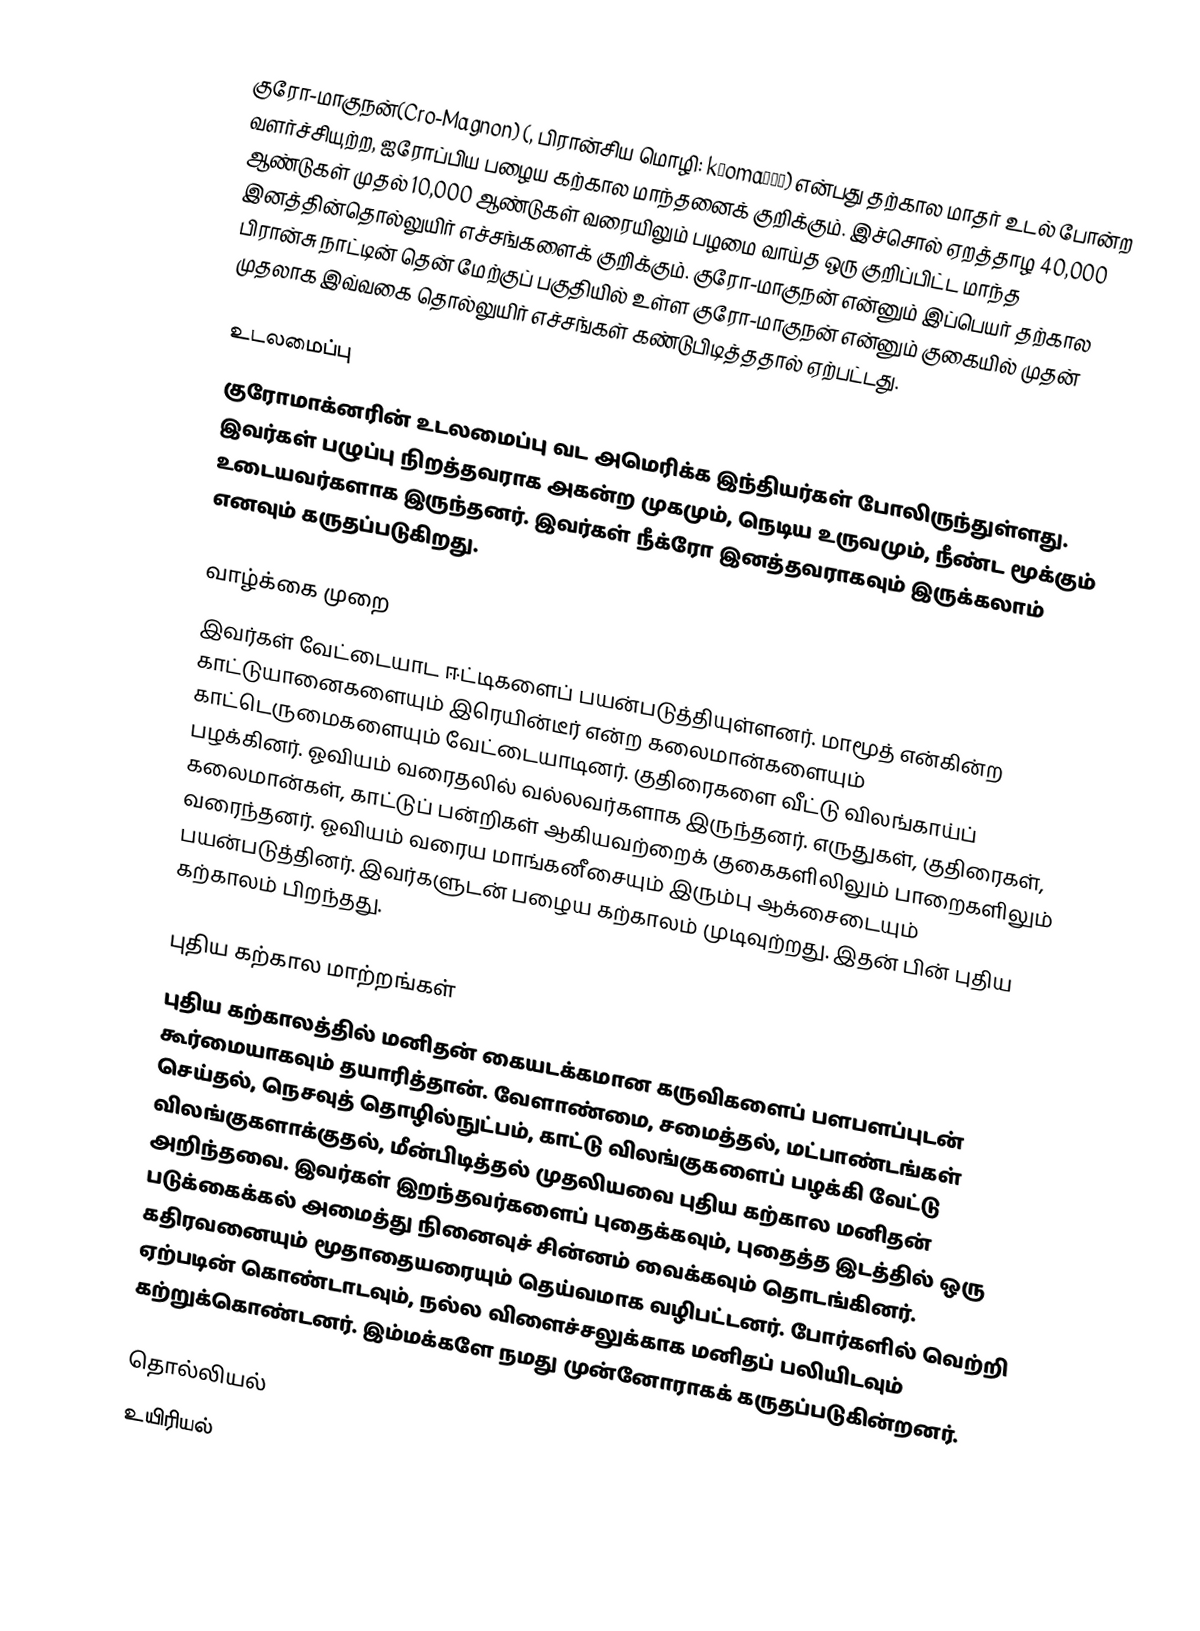
குரோ-மாகுநன்(Cro-Magnon) (, பிரான்சிய மொழி: kʀomaɲɔ̃) என்பது தற்கால மாதர் உடல் போன்ற வளர்ச்சியுற்ற, ஐரோப்பிய பழைய கற்கால மாந்தனைக் குறிக்கும். இச்சொல் ஏறத்தாழ 40,000 ஆண்டுகள் முதல் 10,000 ஆண்டுகள் வரையிலும் பழமை வாய்த ஒரு குறிப்பிட்ட மாந்த இனத்தின்தொல்லுயிர் எச்சங்களைக் குறிக்கும். குரோ-மாகுநன் என்னும் இப்பெயர் தற்கால பிரான்சு நாட்டின் தென் மேற்குப் பகுதியில் உள்ள குரோ-மாகுநன் என்னும் குகையில் முதன் முதலாக இவ்வகை தொல்லுயிர் எச்சங்கள் கண்டுபிடித்ததால் ஏற்பட்டது.

உடலமைப்பு
குரோமாக்னரின் உடலமைப்பு வட அமெரிக்க இந்தியர்கள் போலிருந்துள்ளது. இவர்கள் பழுப்பு நிறத்தவராக அகன்ற முகமும், நெடிய உருவமும், நீண்ட மூக்கும் உடையவர்களாக இருந்தனர். இவர்கள் நீக்ரோ இனத்தவராகவும் இருக்கலாம் எனவும் கருதப்படுகிறது.

வாழ்க்கை முறை
இவர்கள் வேட்டையாட  ஈட்டிகளைப் பயன்படுத்தியுள்ளனர். மாமூத் என்கின்ற காட்டுயானைகளையும் இரெயின்டீர் என்ற கலைமான்களையும் காட்டெருமைகளையும் வேட்டையாடினர்.  குதிரைகளை வீட்டு விலங்காய்ப் பழக்கினர். ஓவியம் வரைதலில் வல்லவர்களாக இருந்தனர். எருதுகள், குதிரைகள், கலைமான்கள், காட்டுப் பன்றிகள் ஆகியவற்றைக் குகைகளிலிலும் பாறைகளிலும் வரைந்தனர். ஓவியம் வரைய மாங்கனீசையும் இரும்பு ஆக்சைடையும் பயன்படுத்தினர். இவர்களுடன் பழைய கற்காலம் முடிவுற்றது. இதன் பின் புதிய கற்காலம் பிறந்தது.

புதிய கற்கால மாற்றங்கள்
புதிய கற்காலத்தில் மனிதன் கையடக்கமான கருவிகளைப் பளபளப்புடன் கூர்மையாகவும் தயாரித்தான். வேளாண்மை, சமைத்தல், மட்பாண்டங்கள் செய்தல், நெசவுத் தொழில்நுட்பம், காட்டு விலங்குகளைப் பழக்கி வேட்டு விலங்குகளாக்குதல், மீன்பிடித்தல் முதலியவை புதிய கற்கால மனிதன் அறிந்தவை. இவர்கள் இறந்தவர்களைப் புதைக்கவும், புதைத்த இடத்தில் ஒரு படுக்கைக்கல் அமைத்து நினைவுச் சின்னம் வைக்கவும் தொடங்கினர். கதிரவனையும் மூதாதையரையும் தெய்வமாக வழிபட்டனர். போர்களில் வெற்றி ஏற்படின் கொண்டாடவும், நல்ல விளைச்சலுக்காக மனிதப் பலியிடவும் கற்றுக்கொண்டனர். இம்மக்களே நமது முன்னோராகக் கருதப்படுகின்றனர்.

தொல்லியல்
உயிரியல்